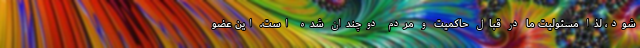
شود، لذا مسئولیت ما در قبال حاکمیت و مردم دوچندان شده است. این عضو